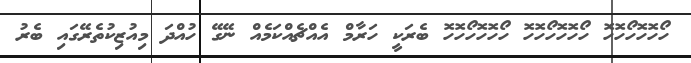
ހޯހޮހޮހޯހޮހޮ ހޯހޮހޮހޯހޮހޮ ހޯހޮހޮހޯހޮހޮ ބެރަކީ ހަރާމް އެއްޗެއްކަމެއް ނޭގޭ ހުއްދަ މިއުޒިކުތެރޭގައި ބެރު